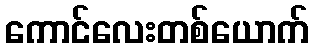
ကောင်လေးတစ်ယောက်